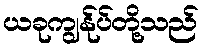
ယခုကျွန်ုပ်တို့သည်